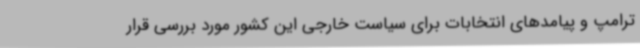
ترامپ و پیامدهای انتخابات برای سیاست خارجی این کشور مورد بررسی قرار